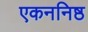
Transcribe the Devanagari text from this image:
एकननिष्ठ